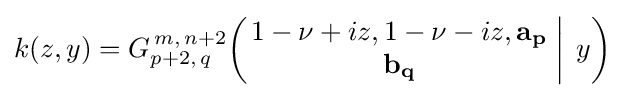
k(z,y)=G_{p+2,\,q}^{\,m,\,n+2}\!\left(\left.{\begin{matrix}1-\nu +iz,1-\nu -iz,\mathbf {a_{p}} \\\mathbf {b_{q}} \end{matrix}}\;\right|\;y\right)